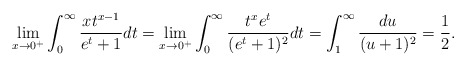
\begin{align*} \lim_{x\to0^+}\int_0^\infty\frac{xt^{x-1}}{e^t+1} dt = \lim_{x\to0^+}\int_0^\infty\frac{t^xe^t}{(e^t+1)^2} dt =\int_1^\infty\frac{du}{(u+1)^2}=\frac{1}{2}.\end{align*}